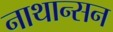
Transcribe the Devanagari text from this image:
नाथान्सन